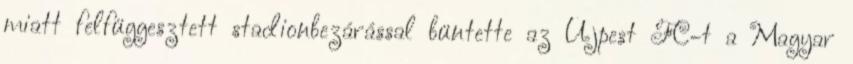
miatt felfüggesztett stadionbezárással büntette az Újpest FC-t a Magyar